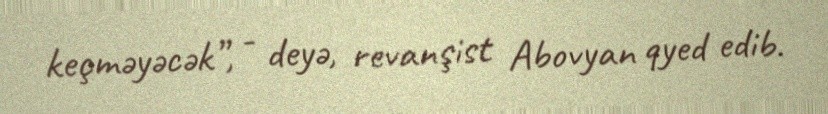
keçməyəcək”, - deyə, revanşist Abovyan qyed edib.